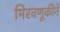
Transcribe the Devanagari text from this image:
मिरवणूकीने